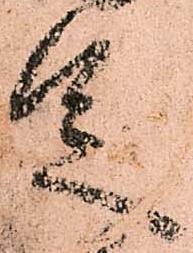
足